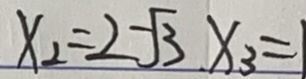
x _ { 2 } = 2 - \sqrt { 3 } . x _ { 3 } = 1